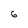
Character: 6